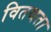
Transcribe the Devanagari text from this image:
वितथता